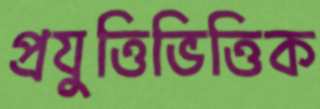
প্রযুত্তিভিত্তিক